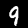
Label: 9